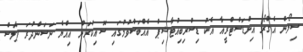
ސިލޯން އެގްރޯ އިންޑަސްޓްރީއާ އެކު ޑިސްރިބިއުޓާޝިޕް އެއްބަސްވުމުގައި ސޮއިކުރަން އިއްޔެ ނަސަންދުރަ ޕެލަސް